Cholera in southern India
Disease focus: Cholera
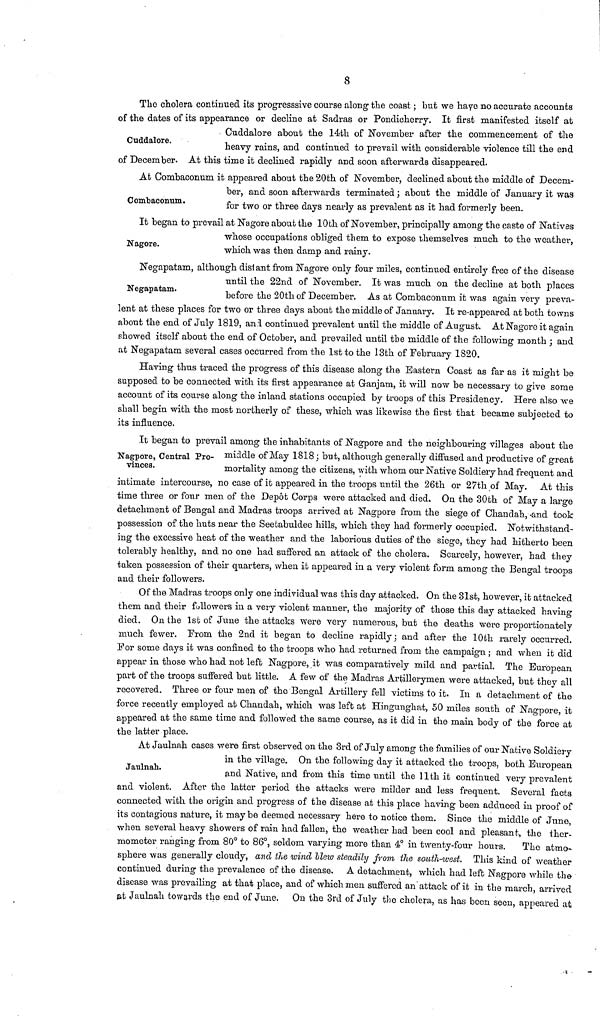
8
Cuddalore.
The cholera continued its progresssive course along the coast ; but we have no accurate accounts
of the dates of its appearance or decline at Sadras or Pondicherry. It first manifested itself at
Cuddalore about the 14th of November after the commencement of the
heavy rains, and continued to prevail with considerable violence till the end
of December. At this time it declined rapidly and soon afterwards disappeared.
Combaconum.
At Combaconum it appeared about the 20th of November, declined about the middle of Decem-
ber, and soon afterwards terminated ; about the middle of January it was
for two or three days nearly as prevalent as it had formerly been.
Nagore.
It began to prevail at Nagore about the 10th of November, principally among the caste of Natives
whose occupations obliged them to expose themselves much to the weather,
which was then damp and rainy.
Negapatam.
Negapatam, although distant from Nagore only four miles, continued entirely free of the disease
until the 22nd of November. It was much on the decline at both places
before the 20th of December. As at Combaconum it was again very preva-
lent at these places for two or three days about the middle of January. It re-appeared at both towns
about the end of July 1819, and continued prevalent until the middle of August. At Nagoro it again
showed itself about the end of October, and prevailed until the middle of the following month ; and
at Negapatam several cases occurred from the 1st to the 13th of February 1820.
Having thus traced the progress of this disease along the Eastern Coast as far as it might be
supposed to be connected with its first appearance at Granjam, it will now be necessary to give some
account of its course along the inland stations occupied by troops of this Presidency. Here also we
shall begin with the most northerly of these, which was likewise the first that became subjected to
its influence.
Nagpore, Central Pro-
vinces.
It began to prevail among the inhabitants of Nagpore and the neighbouring villages about the
middle of May 1818 ; but, although generally diffused and productive of great
mortality among the citizens, with whom our Native Soldiery had frequent and
intimate intercourse, no case of it appeared in the troops until the 26th or 27th of May. At this
time three or four men of the Depot Corps were attacked and died. On the 30th of May a large
detachment of Bengal and Madras troops arrived at Nagpore from the siege of Chandah, and took
possession of the huts near the Seetabuldee hills, which they had formerly occupied. Notwithstand-
ing the excessive heat of the weather and the laborious duties of the siege, they had hitherto been
tolerably healthy, and no one had suffered an attack of the cholera. Scarcely, however, had they
taken possession of their quarters, when it appeared in a very violent form among the Bengal troops
and their followers.
Of the Madras troops only one individual was this day attacked. On the 31st, however, it attacked
them and their followers in a very violent manner, the majority of those this day attacked having
died. On the 1st of June the attacks were very numerous, but the deaths were proportionately
much fewer. From the 2nd it began to decline rapidly ; and after the 10th rarely occurred.
For some days it was confined to the troops who had returned from the campaign ; and when it did
appear in those who had not left Nagpore, it was comparatively mild and partial. The European
part of the troops suffered but little, A few of the Madras Artillerymen were attacked, but they all
recovered. Three or four men of the Bengal Artillery fell victims to it. In a detachment of the
force recently employed at Chandah, which was left at Hingunghat, 50 miles south of Nagpore, it
appeared at the same time and followed the same course, as it did in the main body of the force at
the latter place.
Jaulnah.
At Jaulnah cases were first observed on the 3rd of July among the families of our Native Soldiery
in the village. On the following day it attacked the troops, both European
and Native, and from this time until the 11th it continued very prevalent
and violent. After the latter period the attacks were milder and less frequent. Several facts
connected with the origin and progress of the disease at this place having been adduced in proof of
its contagious nature, it may be deemed necessary here to notice them. Since the middle of June,
when several heavy showers of rain had fallen, the weather had been cool and pleasant, the ther-
mometer ranging from 80° to 86°, seldom varying more than 4° in twenty-four hours.
The atmo-
sphere was generally cloudy, and the wind blew steadily from the south-west. This kind of weather
continued during the prevalence of the disease. A detachment, which had left Nagpore while the
disease was prevailing at that place, and of which men suffered an attack of it in the march, arrived
at Jaulnah towards the end of June. On the 3rd of July the cholera, as has been seen, appeared at